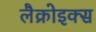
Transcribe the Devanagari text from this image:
लैक्रोइक्स